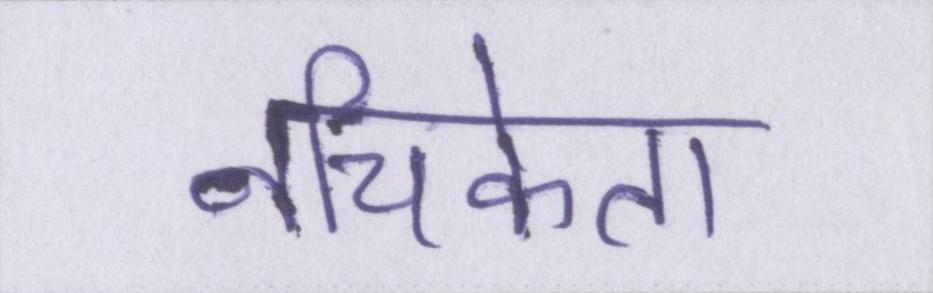
नचिकेता